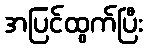
အပြင်ထွက်ပြီး